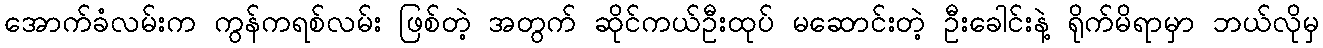
အောက်ခံလမ်းက ကွန်ကရစ်လမ်း ဖြစ်တဲ့ အတွက် ဆိုင်ကယ်ဦးထုပ် မဆောင်းတဲ့ ဦးခေါင်းနဲ့ ရိုက်မိရာမှာ ဘယ်လိုမှ